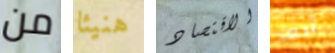
من هنيئا الاقتصاد أبعد